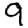
Digit: 9